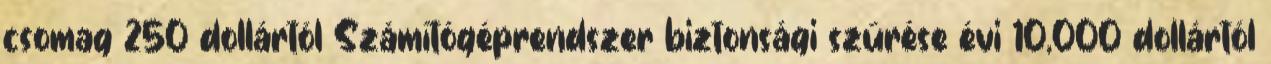
csomag 250 dollártól Számítógéprendszer biztonsági szűrése évi 10,000 dollártól